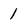
Character: 1